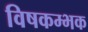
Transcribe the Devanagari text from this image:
विषकम्भक